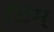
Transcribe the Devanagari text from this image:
टिम्‌